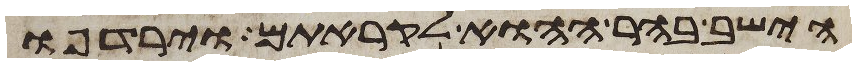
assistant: הישב בהר ההוא לקראתם וירדפו